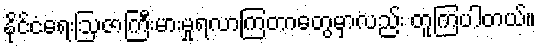
နိုင်ငံရေးဩဇာကြီးမားမှုရလာကြတာတွေမှာလည်း တူကြပါတယ်။